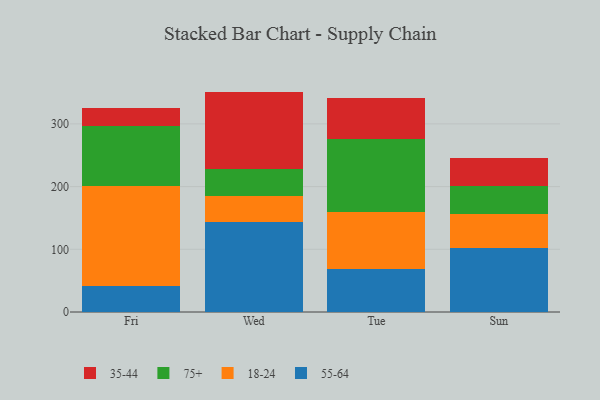
{"axis": {"x": "Day", "y": "Page Views"}, "legend": ["18-24", "35-44", "55-64", "75+"], "data": [{"x": "Fri", "y": 41.0, "type": "55-64"}, {"x": "Fri", "y": 160.3, "type": "18-24"}, {"x": "Fri", "y": 95.9, "type": "75+"}, {"x": "Fri", "y": 28.9, "type": "35-44"}, {"x": "Wed", "y": 144.3, "type": "55-64"}, {"x": "Wed", "y": 41.4, "type": "18-24"}, {"x": "Wed", "y": 42.1, "type": "75+"}, {"x": "Wed", "y": 123.7, "type": "35-44"}, {"x": "Tue", "y": 69.3, "type": "55-64"}, {"x": "Tue", "y": 90.1, "type": "18-24"}, {"x": "Tue", "y": 116.0, "type": "75+"}, {"x": "Tue", "y": 66.2, "type": "35-44"}, {"x": "Sun", "y": 101.8, "type": "55-64"}, {"x": "Sun", "y": 54.2, "type": "18-24"}, {"x": "Sun", "y": 45.1, "type": "75+"}, {"x": "Sun", "y": 44.3, "type": "35-44"}]}